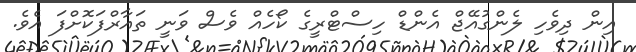
އިން ދިވެހި ލެންގުއޭޖް އެންޑް ހިސްޓްރީގެ ކޯހެއް ވެސް ވަނީ ތައާރްފަކޮށްފަ އެވެ.